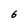
Character: 6